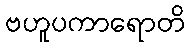
ဗဟူပကာရောတိ